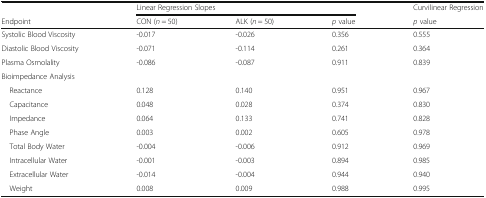
|  | <COLSPAN=3> Linear Regression Slopes | Curvilinear Regression |
 | Endpoint | CON (n = 50) | ALK (n = 50) | p value | p value |
 | --- | --- | --- | --- | --- |
 | Systolic Blood Viscosity | -0.017 | -0.026 | 0.356 | 0.555 |
 | Diastolic Blood Viscosity | -0.071 | -0.114 | 0.261 | 0.364 |
 | Plasma Osmolality | -0.086 | -0.087 | 0.911 | 0.839 |
 | Bioimpedance Analysis |  |  |  |  |
 | Reactance | 0.128 | 0.140 | 0.951 | 0.967 |
 | Capacitance | 0.048 | 0.028 | 0.374 | 0.830 |
 | Impedance | 0.064 | 0.133 | 0.741 | 0.828 |
 | Phase Angle | 0.003 | 0.002 | 0.605 | 0.978 |
 | Total Body Water | -0.004 | -0.006 | 0.912 | 0.969 |
 | Intracellular Water | -0.001 | -0.003 | 0.894 | 0.985 |
 | Extracellular Water | -0.014 | -0.004 | 0.944 | 0.940 |
 | Weight | 0.008 | 0.009 | 0.988 | 0.995 |